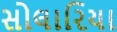
સોલારિયા